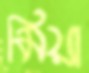
মিয়া